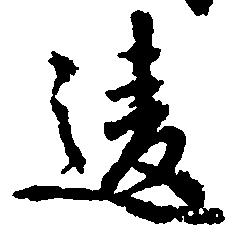
違